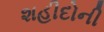
શહીદોની